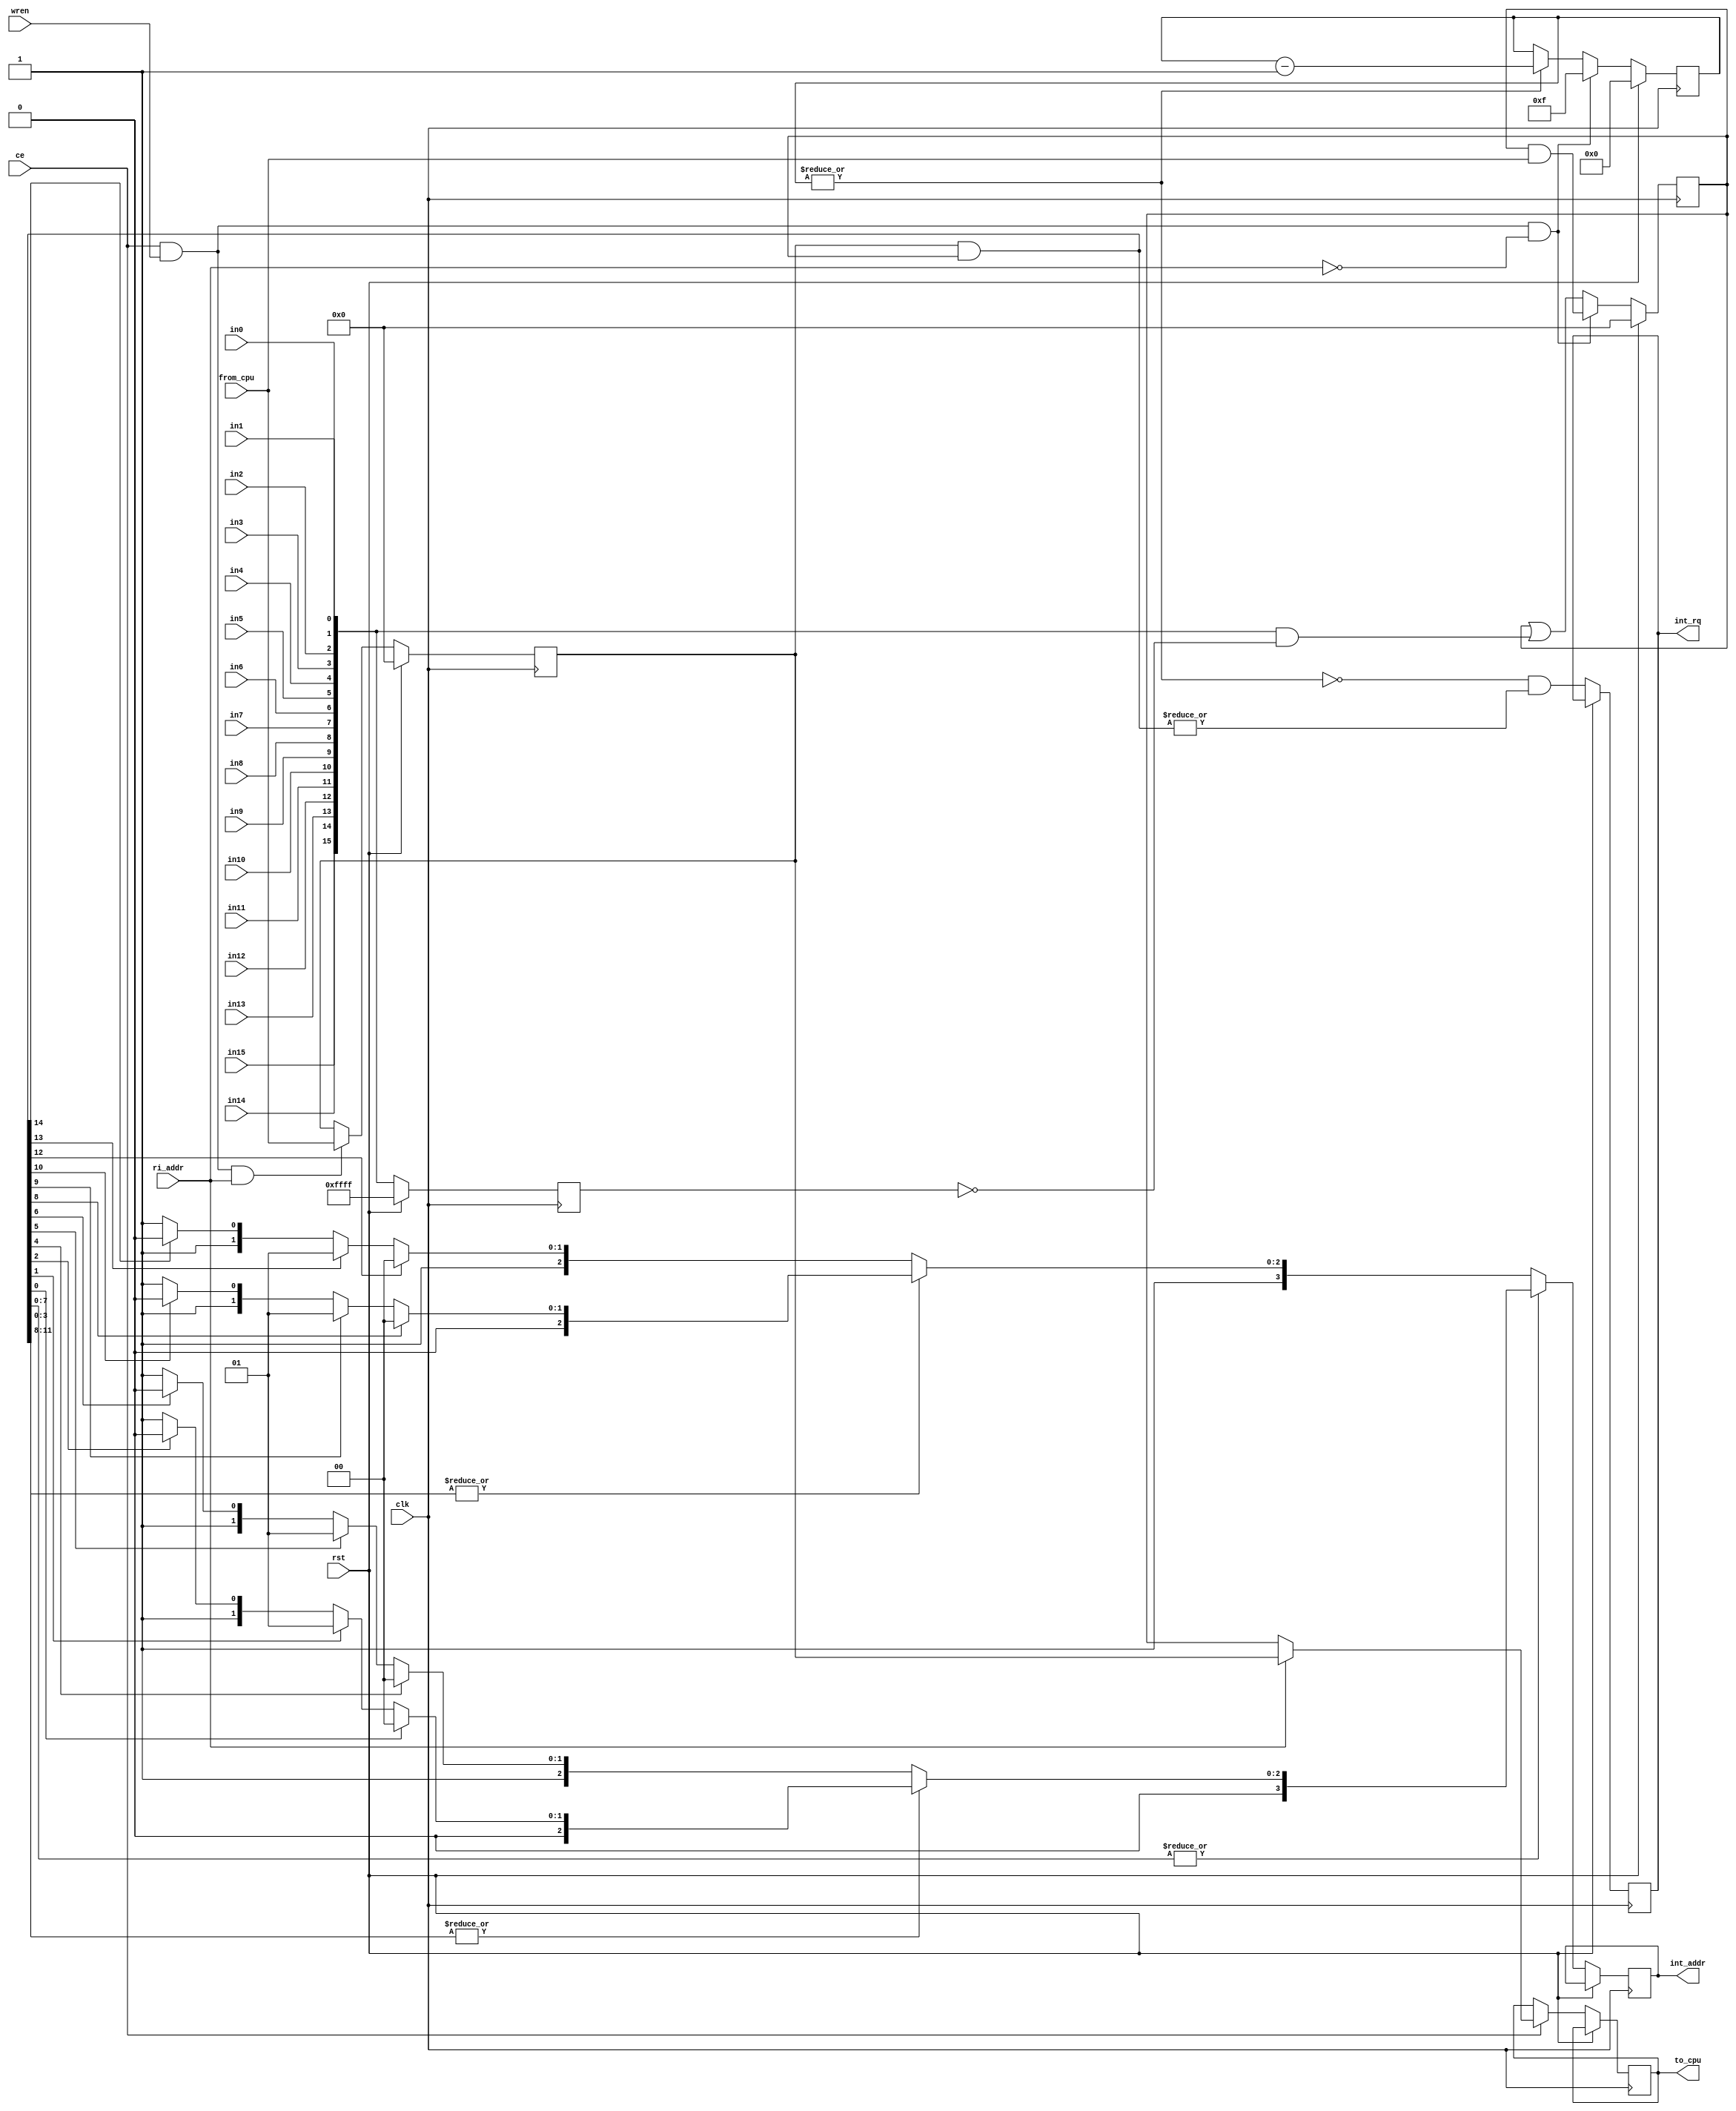
module interrupt_controller(
		input wire clk,
		input wire rst,
		input wire ce,
		input wire wren,
		input wire in0, in1, in2, in3, in4, in5, in6, in7,
		input wire in8, in9, in10, in11, in12, in13, in14, in15,
		input wire ri_addr,
		input wire[15:0] from_cpu,
		output reg[15:0] to_cpu,
		output reg[3:0] int_addr,
		output reg int_rq);
		
	reg[3:0] timer;
	reg[15:0] status;
	reg[15:0] control;
	reg[15:0] prev_in;
	
	wire[15:0] in;		//requests in
	wire[15:0] trig;	//interrupt trigger pulses
	wire[15:0] interrupt;
	wire suspend;

	assign in = {in15, in14, in13, in12, in11, in10, in9, in8, in7, in6, in5, in4, in3, in2, in1, in0};
	assign trig = in & ~prev_in;
	assign interrupt = control & status;
	assign suspend = |timer;

always @(posedge clk)
begin
	if(rst)
	begin
		status <= 16'h0000;
		control <= 16'h0000;
		prev_in <= 16'hffff;
		timer <= 4'h0;
	end
	else
	begin
		prev_in <= in;
		
		if(suspend)
			timer <= timer - 4'h1;
			
		if(ce & wren & ri_addr)
			control <= from_cpu;
		if(ce & wren & ~ri_addr)
		begin
			status <= status & from_cpu;
			timer <= 4'hf;
		end
		else
			status <= status | trig;
			
		if(ce)
		begin
			if(ri_addr)
				to_cpu <= control;
			else
				to_cpu <= status;
		end
		
		int_rq <= ~suspend & (|interrupt);
		if(|interrupt[7:0])
		begin
			if(|interrupt[3:0])
			begin
				if(interrupt[0])
					int_addr <= 4'h0;
				else if(interrupt[1])
					int_addr <= 4'h1;
				else if(interrupt[2])
					int_addr <= 4'h2;
				else
					int_addr <= 4'h3;
			end
			else	// |interrupt[7:4]
			begin
				if(interrupt[4])
					int_addr <= 4'h4;
				else if(interrupt[5])
					int_addr <= 4'h5;
				else if(interrupt[6])
					int_addr <= 4'h6;
				else
					int_addr <= 4'h7;
			end
		end
		else	// |interrupt[15:8]
		begin
			if(|interrupt[11:8])
			begin
				if(interrupt[8])
					int_addr <= 4'h8;
				else if(interrupt[9])
					int_addr <= 4'h9;
				else if(interrupt[10])
					int_addr <= 4'hA;
				else
					int_addr <= 4'hB;
			end
			else	// |interrupt[15:12]
			begin
				if(interrupt[12])
					int_addr <= 4'hC;
				else if(interrupt[13])
					int_addr <= 4'hD;
				else if(interrupt[14])
					int_addr <= 4'hE;
				else
					int_addr <= 4'hF;
			end
		end
	end
end

endmodule